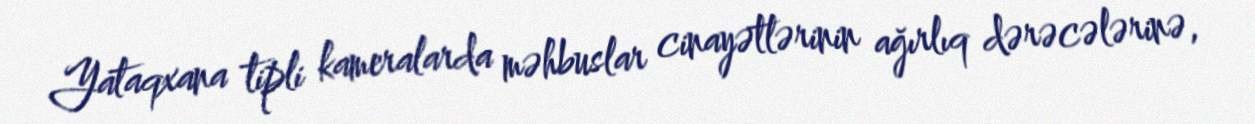
Yataqxana tipli kameralarda məhbuslar cinayətlərinin ağırlıq dərəcələrinə,